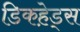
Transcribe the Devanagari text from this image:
डिकहे़ड्स